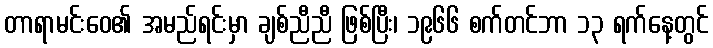
တာရာမင်းဝေ၏ အမည်ရင်းမှာ ချစ်ညီညီ ဖြစ်ပြီး၊ ၁၉၆၆ စက်တင်ဘာ ၁၃ ရက်နေ့တွင်